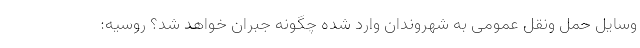
وسایل حمل ونقل عمومی به شهروندان وارد شده چگونه جبران خواهد شد؟ روسیه: